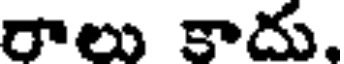
రాలు కాదు,